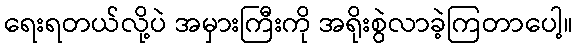
ရေးရတယ်လို့ပဲ အမှားကြီးကို အရိုးစွဲလာခဲ့ကြတာပေါ့။